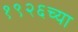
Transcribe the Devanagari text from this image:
१९२६च्या